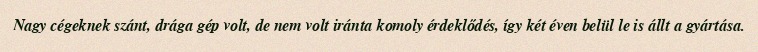
Nagy cégeknek szánt, drága gép volt, de nem volt iránta komoly érdeklődés, így két éven belül le is állt a gyártása.